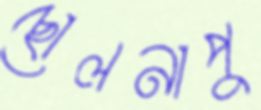
ছোলনাপু